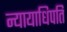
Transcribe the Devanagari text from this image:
न्यायाधिपति